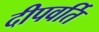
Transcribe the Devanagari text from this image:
दीपवर्ति